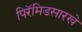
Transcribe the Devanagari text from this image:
पिरॅमिडसारखे